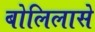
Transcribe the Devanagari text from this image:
बोलिलासे